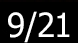
9/21